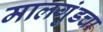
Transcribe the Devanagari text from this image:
मालगुंडचा